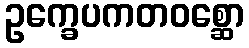
ဥက္ခေပကတဝစ္ဆော